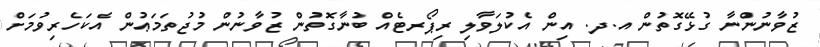
ޒުވާނުންނާ ގުޅޭގޮތުން އ.ދ. އިން އެކުލަވާލި ރިޕޯރޓެއް ބުނާގޮތުން ޒުވާނުން މުޖުތަމަޢުން އެކަހެރިވުމަށް